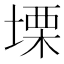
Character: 塛